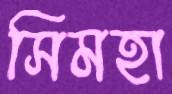
সিমহা